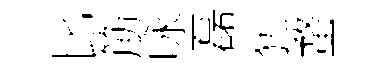
比筋咏磊犹蝥